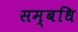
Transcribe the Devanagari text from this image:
सम्बधि